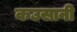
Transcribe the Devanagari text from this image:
कउसानी